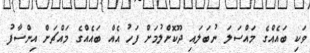
ވަކި ބައެއްގެ މައްސަލަ ނުބަލައި ދޫކޮށްލުމަށް ފަހު އެއް ބައެއްގެ މައްޗަށް އިންސާފު